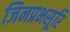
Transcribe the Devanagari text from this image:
जिनप्रभसूरि